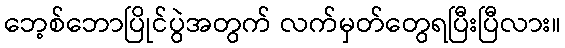
ဘေ့စ်ဘောပြိုင်ပွဲအတွက် လက်မှတ်တွေရပြီးပြီလား။